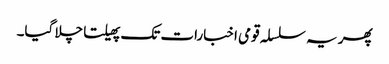
پھر یہ سلسلہ قومی اخبارات تک پھیلتا چلا گیا۔